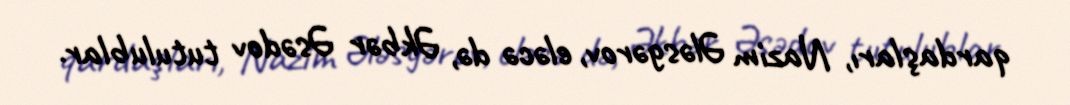
qardaşları, Nazim Ələsgərov, eləcə də, Əkbər Əsədov tutulublar.